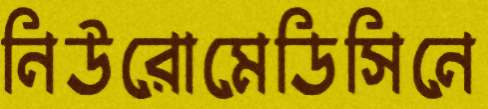
নিউরোমেডিসিনে